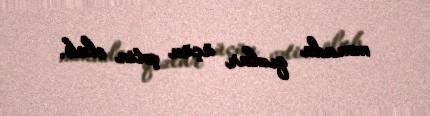
mənada qızlar üçün çətin olub.